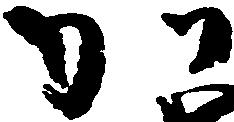
か